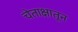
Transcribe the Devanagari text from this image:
चेताक्षातून